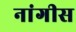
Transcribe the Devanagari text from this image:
नांगीस